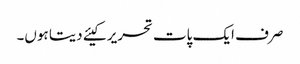
صرف ایک پات تحریر کیئے دیتا ہوں۔